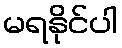
မရနိုင်ပါ